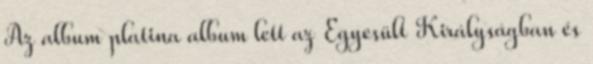
Az album platina album lett az Egyesült Királyságban és